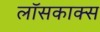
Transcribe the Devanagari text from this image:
लॉसकाक्स